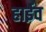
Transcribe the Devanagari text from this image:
हाईव